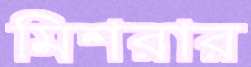
মিশরার